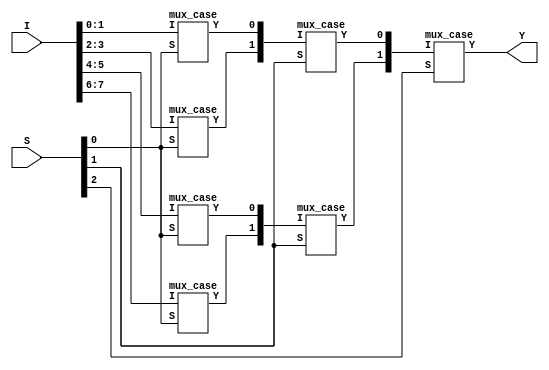
module mux81(Y,I,S);
output Y;
input [7:0] I;
input [2:0] S;
wire [6:1] K ;
mux_case vas1(K[1],I[1:0],S[0]);
mux_case vas2(K[2],I[3:2],S[0]);
mux_case vas3(K[3],I[5:4],S[0]);
mux_case vas4(K[4],I[7:6],S[0]);
mux_case vas5(K[5],K[2:1],S[1]);
mux_case vas6(K[6],K[4:3],S[1]);
mux_case vas7(Y,K[6:5],S[2]);
endmodule

module mux_case(Y,I,S);
output reg Y;
input [1:0] I;
input S;
always @ (*)
	casex(S)
		1'b0: Y=I[0];
		1'b1: Y=I[1];
		default : Y = 1'bx;
	endcase
endmodule